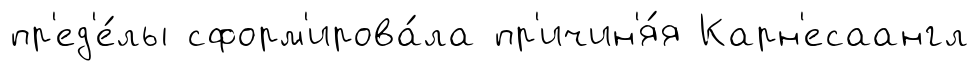
пр'ед'е́лы сформ'ирова́ла пр'ичин'я́я Карн'есаангл